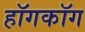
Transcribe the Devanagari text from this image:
हॉगकॉग